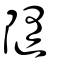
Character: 隨